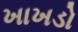
ખાખડો